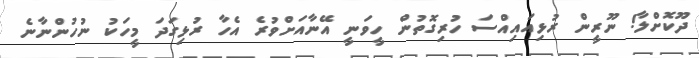
ދޫކޮށްލާ! ނޫރީން ރުޅިއައިއްސަ ހުރިގޮތުން ހީވަނީ އޭނާއަށްވުރެ އެހާ ރުޅިގަދަ މީހަކު ނުހުންނާނެ